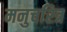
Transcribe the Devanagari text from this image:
मनुचरित्र